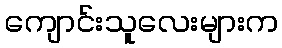
ကျောင်းသူလေးများက